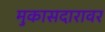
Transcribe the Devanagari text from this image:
मुकासदारावर